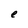
Character: e